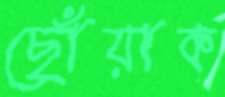
ছোঁয়াক